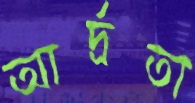
আর্দ্রতা